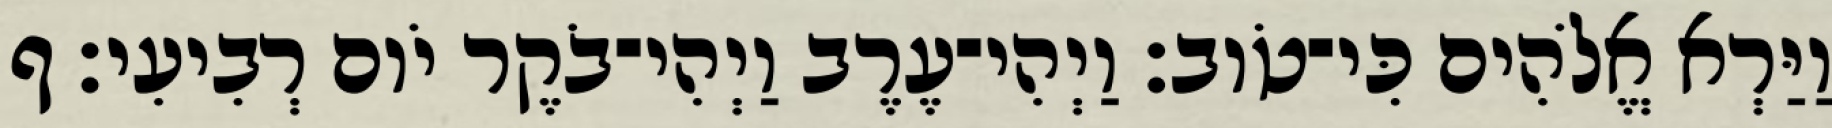
וַיַּרְא אֱלֹהִים כִּי־טֹוב׃ וַיְהִי־עֶרֶב וַיְהִי־בֹקֶר יֹום רְבִיעִי׃ ף